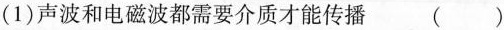
(1)声波和电磁波都需要介质才能传播()